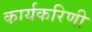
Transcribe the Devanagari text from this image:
कार्यकरिणी